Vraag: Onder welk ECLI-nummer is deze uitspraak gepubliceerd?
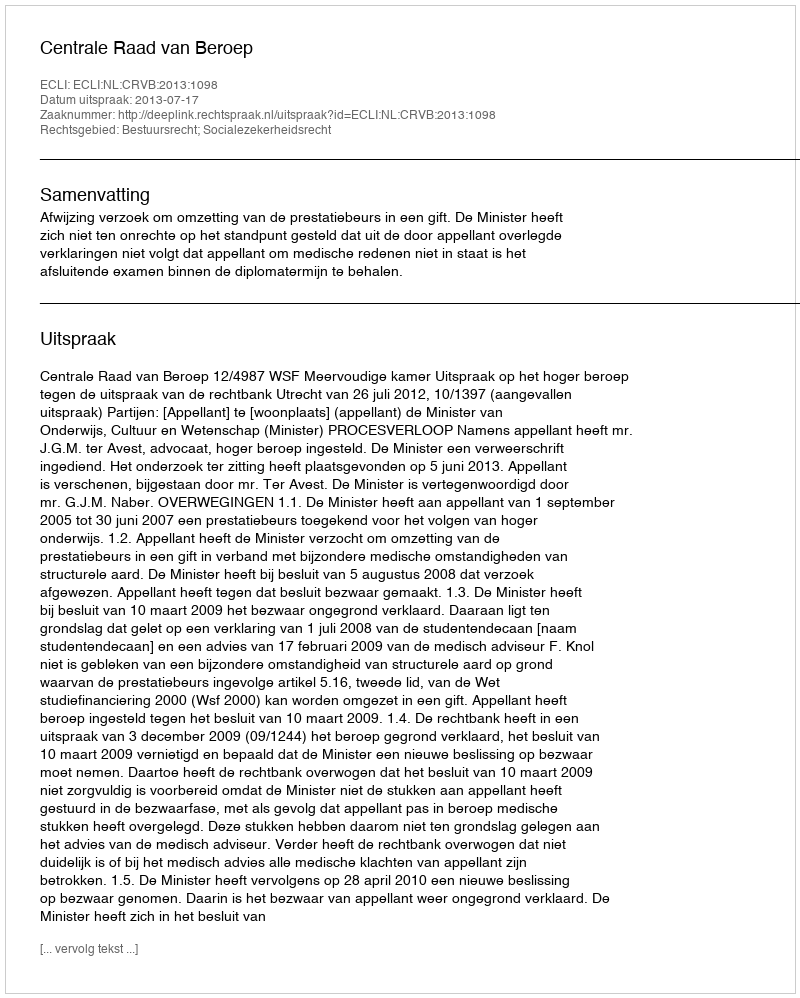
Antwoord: ECLI:NL:CRVB:2013:1098